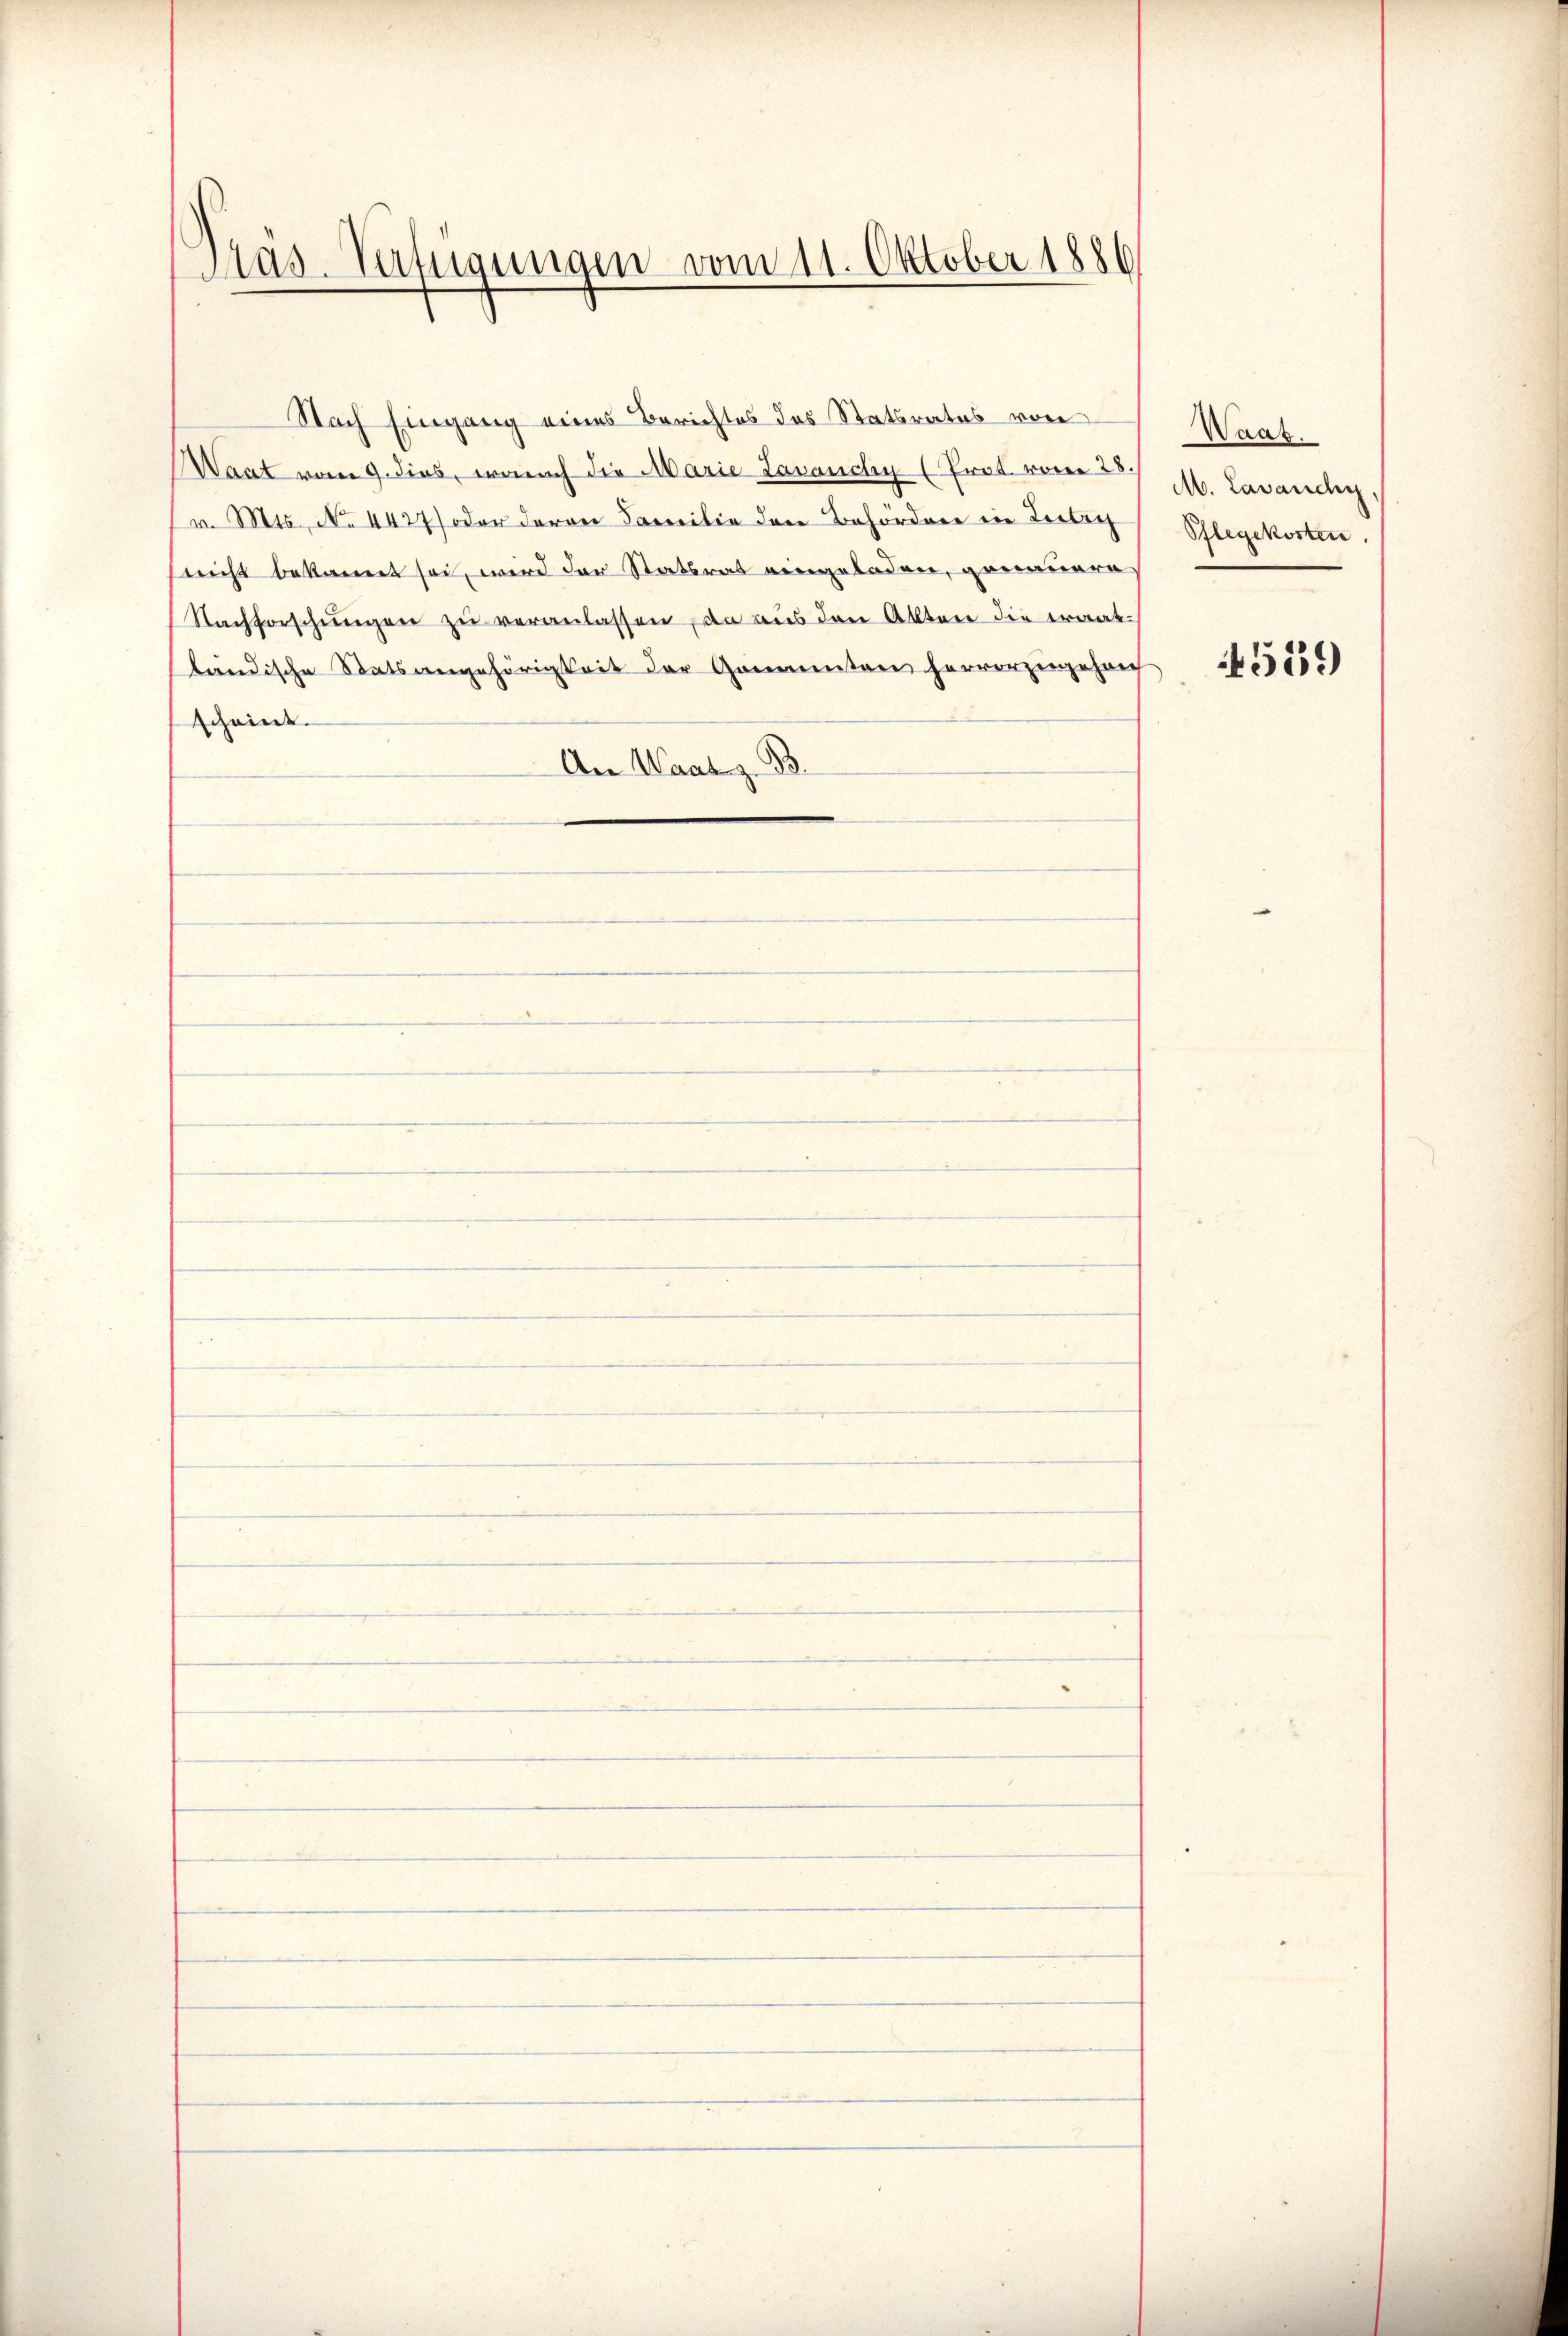
Päs-Väftigungen vom 11. Oktober 1886

Nach Eingang eines Berichtes das Statsrates von
Waat vom 9. dies, wonach die Marie Lavanchy (Prot. vom 28. M. Lavancy
v. Mts. No. 4427) oder daran Familie den Behörder in Teileg
nicht bekannt sei, wird der Statsrat eingeladen, genauere
Nachforschungen zu veranlassen, da aus den Akten die Fraatländische Statsangehörigkeit der Gommentan hervorzugeheif
scheint.
An Waat z. B.

Waat.
Pflegekosten

559